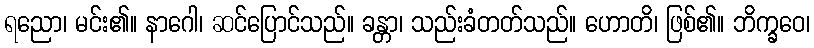
ရညော၊ မင်း၏။ နာဂေါ၊ ဆင်ပြောင်သည်။ ခန္တာ၊ သည်းခံတတ်သည်။ ဟောတိ၊ ဖြစ်၏။ ဘိက္ခဝေ၊